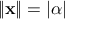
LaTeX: \| \mathbf { x } \| = | \alpha |